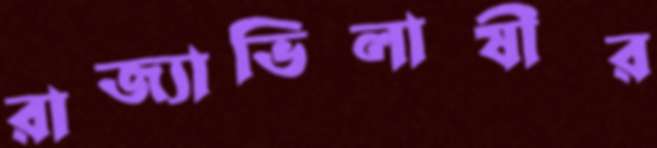
রাজ্যাভিলাষীর